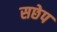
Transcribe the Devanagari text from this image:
सछेप